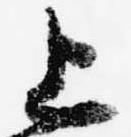
上